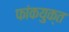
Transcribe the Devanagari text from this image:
फांकयुक्त